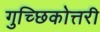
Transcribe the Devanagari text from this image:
गुच्छिकोत्तरी